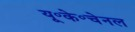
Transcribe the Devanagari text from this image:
यू॰के॰चेनल